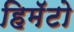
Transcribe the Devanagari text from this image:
हिमॅटो